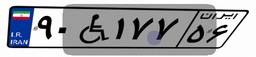
۹۰W۱۷۷۵۶